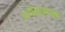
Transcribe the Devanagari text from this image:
स्टोन्सच्या